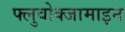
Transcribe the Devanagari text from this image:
फ्लुवोक्जामाइन